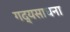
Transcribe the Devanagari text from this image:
गद्यसाधना